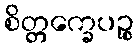
စိတ္တက္ခေပဉ္စ